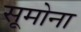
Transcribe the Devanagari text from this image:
सूमोना